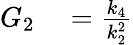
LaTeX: \begin{array}{rl}{G_{2}}&{{}={\frac{k_{4}}{k_{2}^{2}}}}\end{array}